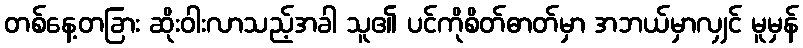
တစ်နေ့တခြား ဆိုးဝါးလာသည့်အခါ သူ၏ ပင်ကိုစိတ်ဓာတ်မှာ အဘယ်မှာလျှင် မူမှန်